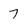
Character: 7